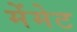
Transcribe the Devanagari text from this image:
मेंमेट